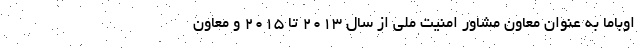
اوباما به عنوان معاون مشاور امنیت ملی از سال ۲۰۱۳ تا ۲۰۱۵ و معاون